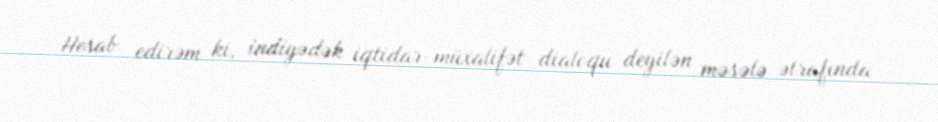
Hesab edirəm ki, indiyədək iqtidar-müxalifət dialoqu deyilən məsələ ətrafında